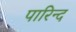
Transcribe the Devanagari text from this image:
पारिन्द